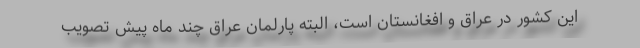
این کشور در عراق و افغانستان است، البته پارلمان عراق چند ماه پیش تصویب